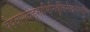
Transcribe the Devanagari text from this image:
पेश्यास्त्वङ्गाभिनिर्वृत्तिर्नखरोमाणि